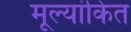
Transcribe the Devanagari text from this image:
मूल्‍यांकित